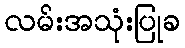
လမ်းအသုံးပြုခ